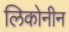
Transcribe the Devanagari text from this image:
लिकोनीन